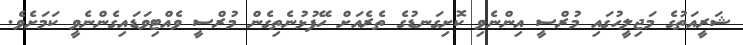
ޝަރީއަތުގެ މަޖިލީހުގައި މުރްސީ އިންނެވި ކޮށިގަނޑުގެ ތެރެއަށް ހޭފުޅުނެތިގެން މުރްސީ ވެއްޓިވަޑައިގެންނެވީ ކަމަށެވެ.